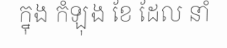
ក្នុង កំឡុង ខែ ដែល នាំ